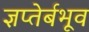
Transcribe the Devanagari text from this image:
ज्ञप्तेर्बभूव